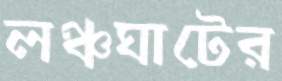
লঞ্চঘাটের